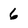
Character: 6